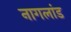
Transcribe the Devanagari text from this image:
नागलांड